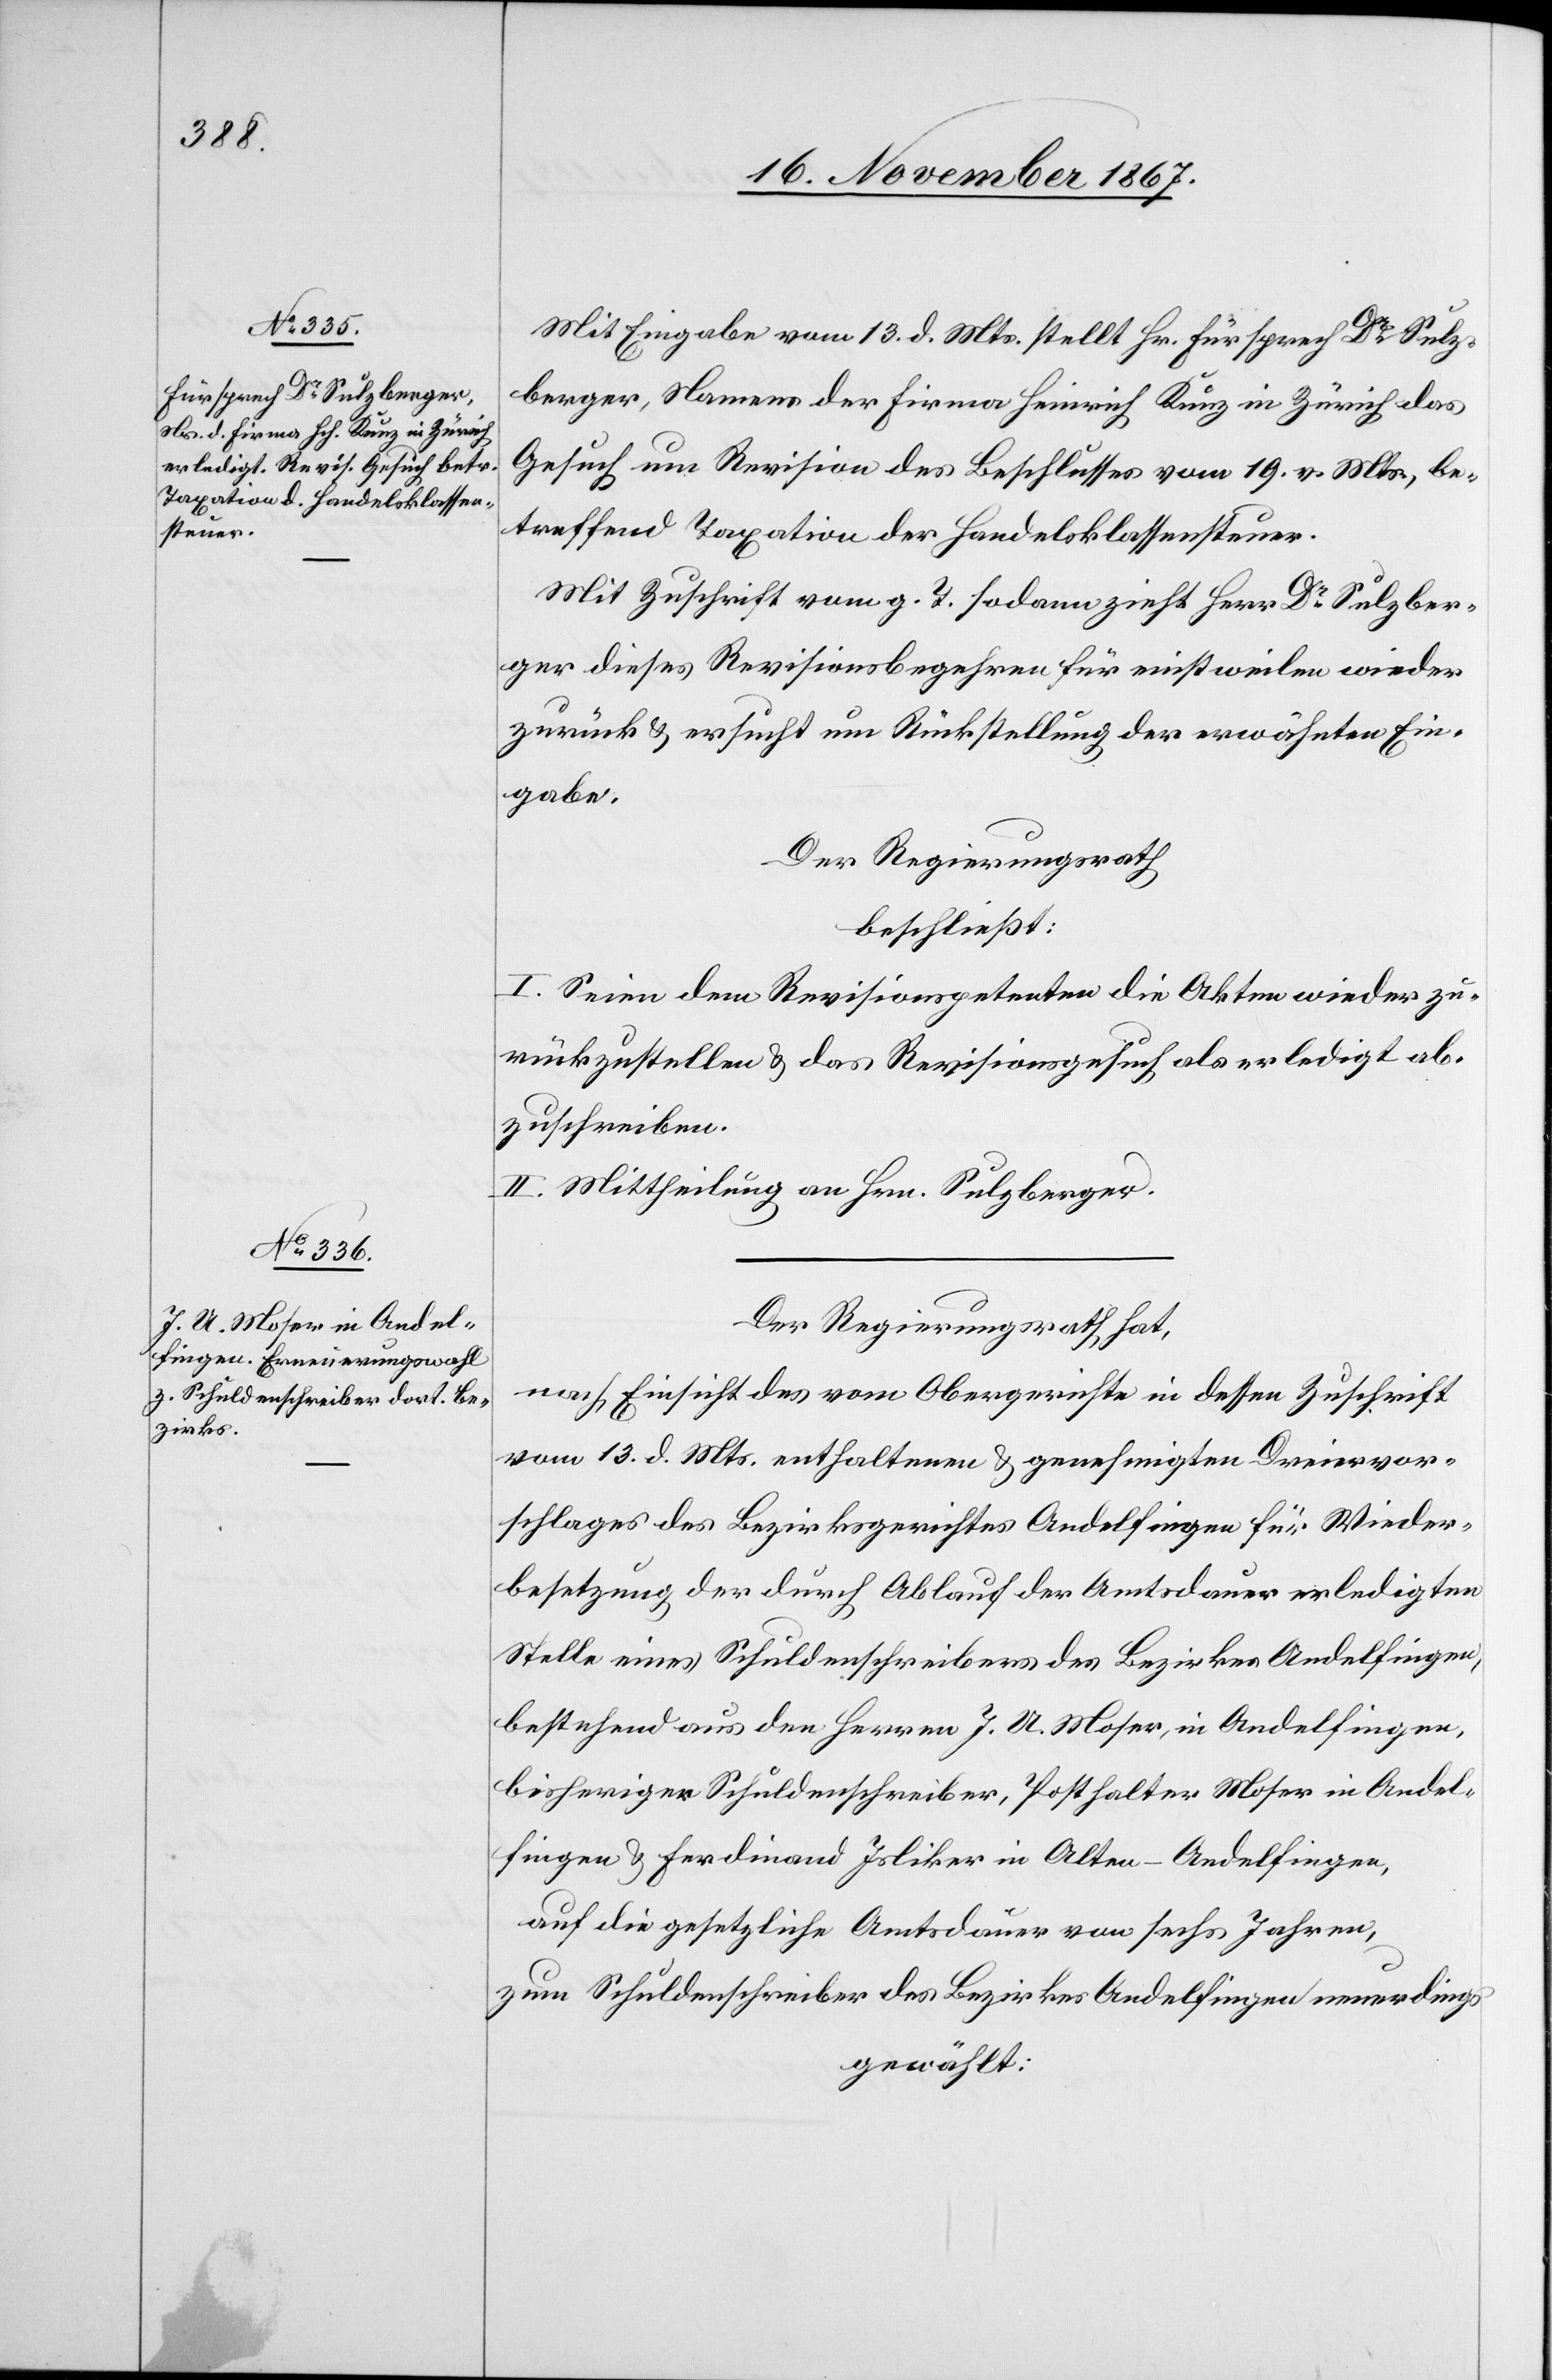
Mit Eingabe vom 13. d. Mts. stellt Hr. Fürsprech Dr. Sulz¬
berger, Namens der Firma Heinrich Kunz in Zürich das
Gesuch um Revision des Beschlusses vom 19. v. Mts., be¬
treffend Taxation der Handelsklassensteuer.
Mit Zuschrift vom g. T sodann zeiht Herr Dr. Sulzber¬
ger dieses Revisionsbegehren für einstweilen wieder
zurück u. ersucht um Rückstellung der erwähnten Ein¬
gabe.
Der Regierungsrath
beschließt:
I. Seien dem Revisionspetenten die Akten wieder zu¬
rückzustellen u. das Revisionsgesuch als erledigt ab¬
zuschreiben.
II. Mittheilung an Hrn. Dr. Sulzberger.
Der Regierungsrath hat,
nach Einsicht des vom Obergerichte in dessen Zuschrift
vom 13. d. Mts. enthaltenen u. genehmigten Dreiervor¬
schlages des Bezirksgerichtes Andelfingen für Wieder¬
besetzung der durch Ablauf der Amtsdauer erledigten
Stelle eines Schuldenschreibers des Bezirkes Andelfingen,
bestehend aus den Herren J. U. Moser, in Andelfingen,
bisheriger Schuldenschreiber, Posthalter Moser in Andel¬
fingen u. Ferdinand Isliker in Alten-Andelfingen
auf die gesetzliche Amtsdauer von sechs Jahren,
zum Schuldenschreiber des Bezirkes Andelfingen neuerdings
gewählt: